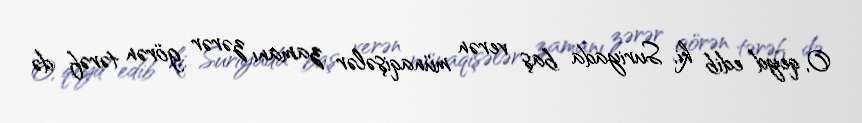
O, qeyd edib ki, Suriyada baş verən münaqişələr zamanı zərər görən tərəf də